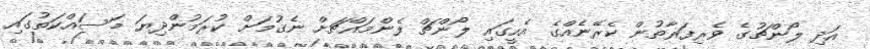
އަދި ލޯންޗުގެ ވެރިފަރާތުން ކެރޭނެއްގެ އެހީގައި ލޯންޗް ފެންމައްޗަށް ނެގުމަށް ކުރަމުންދިޔަ މަސައްކަތުގައި